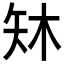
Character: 𪿈